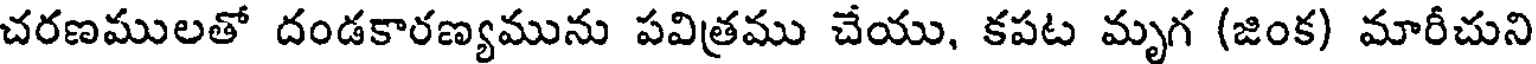
చరణములతో దండకారణ్యమును పవిత్రము చేయు, కపట మృగ (జింక) మారీచుని